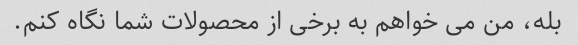
بله، من می خواهم به برخی از محصولات شما نگاه کنم.